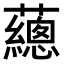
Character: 𧄉